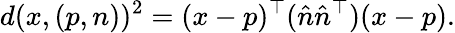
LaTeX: d(x,(p,n))^{2}=(x-p)^{\top}({\hat{n}}{\hat{n}}^{\top})(x-p).